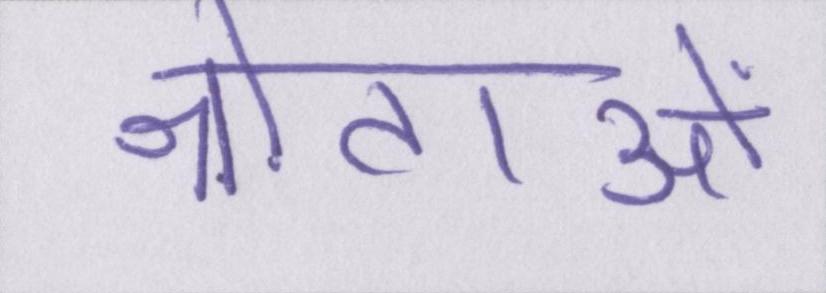
श्रोताओं